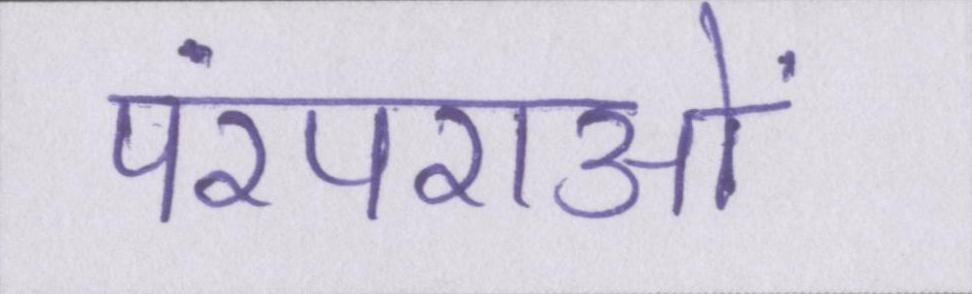
परंपराओं